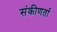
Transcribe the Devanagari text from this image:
संकीणर्ता